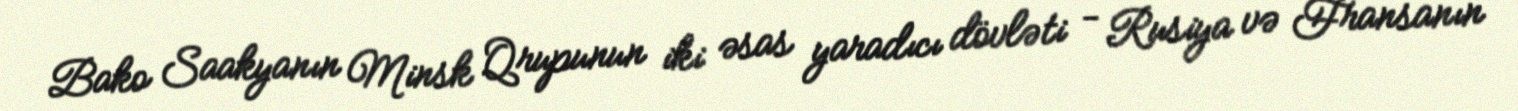
Bako Saakyanın Minsk Qrupunun iki əsas yaradıcı dövləti - Rusiya və Fransanın